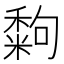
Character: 𥢀